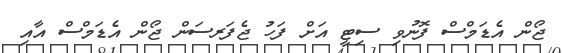
ޖޯން އެޑަމްސް ފޮނުވި ސިޓީ އަށް ފަހު ޖެފަރސަން ޖޯން އެޑަމްސް އާއި